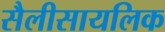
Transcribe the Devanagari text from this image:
सैलीसायलिक